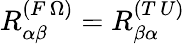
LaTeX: R_{\alpha\beta}^{(F\, \Omega)}=R_{\beta\alpha}^{(T\, U)}